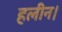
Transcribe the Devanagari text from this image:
हलीन।